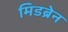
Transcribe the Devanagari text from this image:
मिडब्रेन